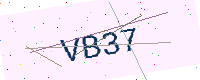
Text: VB37